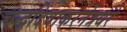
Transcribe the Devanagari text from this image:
चन्द्रदिवाकरनेत्रधरे